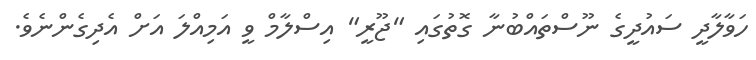
ހަވާލާދީ ސައުދީގެ ނޫސްތައްބުނާ ގޮތުގައި "ޖޫރީ" އިސްލާމް ވީ އަމިއްލަ އަށް އެދިގެންނެވެ.